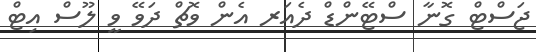
ޖަސްޓް ގޮނާ ސްޓޭންޑް ދެެއަރ އެން ވޮޗް ދަވޭ ވީ ލޫސް އިޓް